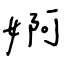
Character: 婀